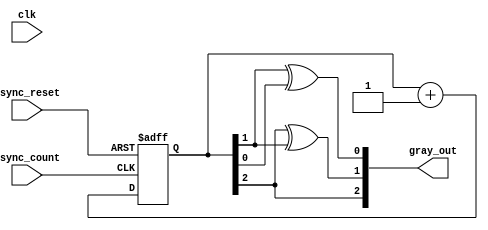
module gray_code_async_counter (
    input wire clk,           // Clock signal
    input wire async_count,   // Asynchronous count signal
    input wire async_reset,    // Asynchronous reset signal
    output reg [2:0] gray_out // 3-bit Gray code output
);

    // Internal binary counter
    reg [2:0] binary_count;

    // Gray code conversion function
    function [2:0] binary_to_gray;
        input [2:0] binary;
        begin
            binary_to_gray = {binary[2], binary[2] ^ binary[1], binary[1] ^ binary[0]};
        end
    endfunction

    // Asynchronous reset and counting logic
    always @(posedge async_count or posedge async_reset) begin
        if (async_reset) begin
            binary_count <= 3'b000; // Reset binary count to 0
        end else begin
            binary_count <= binary_count + 1; // Increment binary count
        end
    end

    // Convert binary count to Gray code
    always @(*) begin
        gray_out = binary_to_gray(binary_count);
    end

endmodule